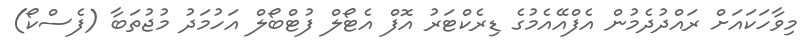
މިވާހަކައަށް ރައްދުދެމުން އެފްއޭއެމުގެ ޑިރެކްޓަރު އޮފް އެޓޯލް ފުޓްބޯލް އަހުމަދު މުޖުތަބާ (ފެސްކޯ)